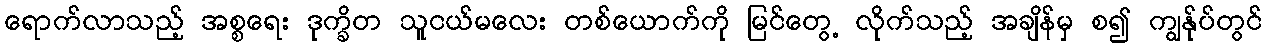
ရောက်လာသည့် အစ္စရေး ဒုက္ခိတ သူငယ်မလေး တစ်ယောက်ကို မြင်တွေ့ လိုက်သည့် အချိန်မှ စ၍ ကျွန်ုပ်တွင်